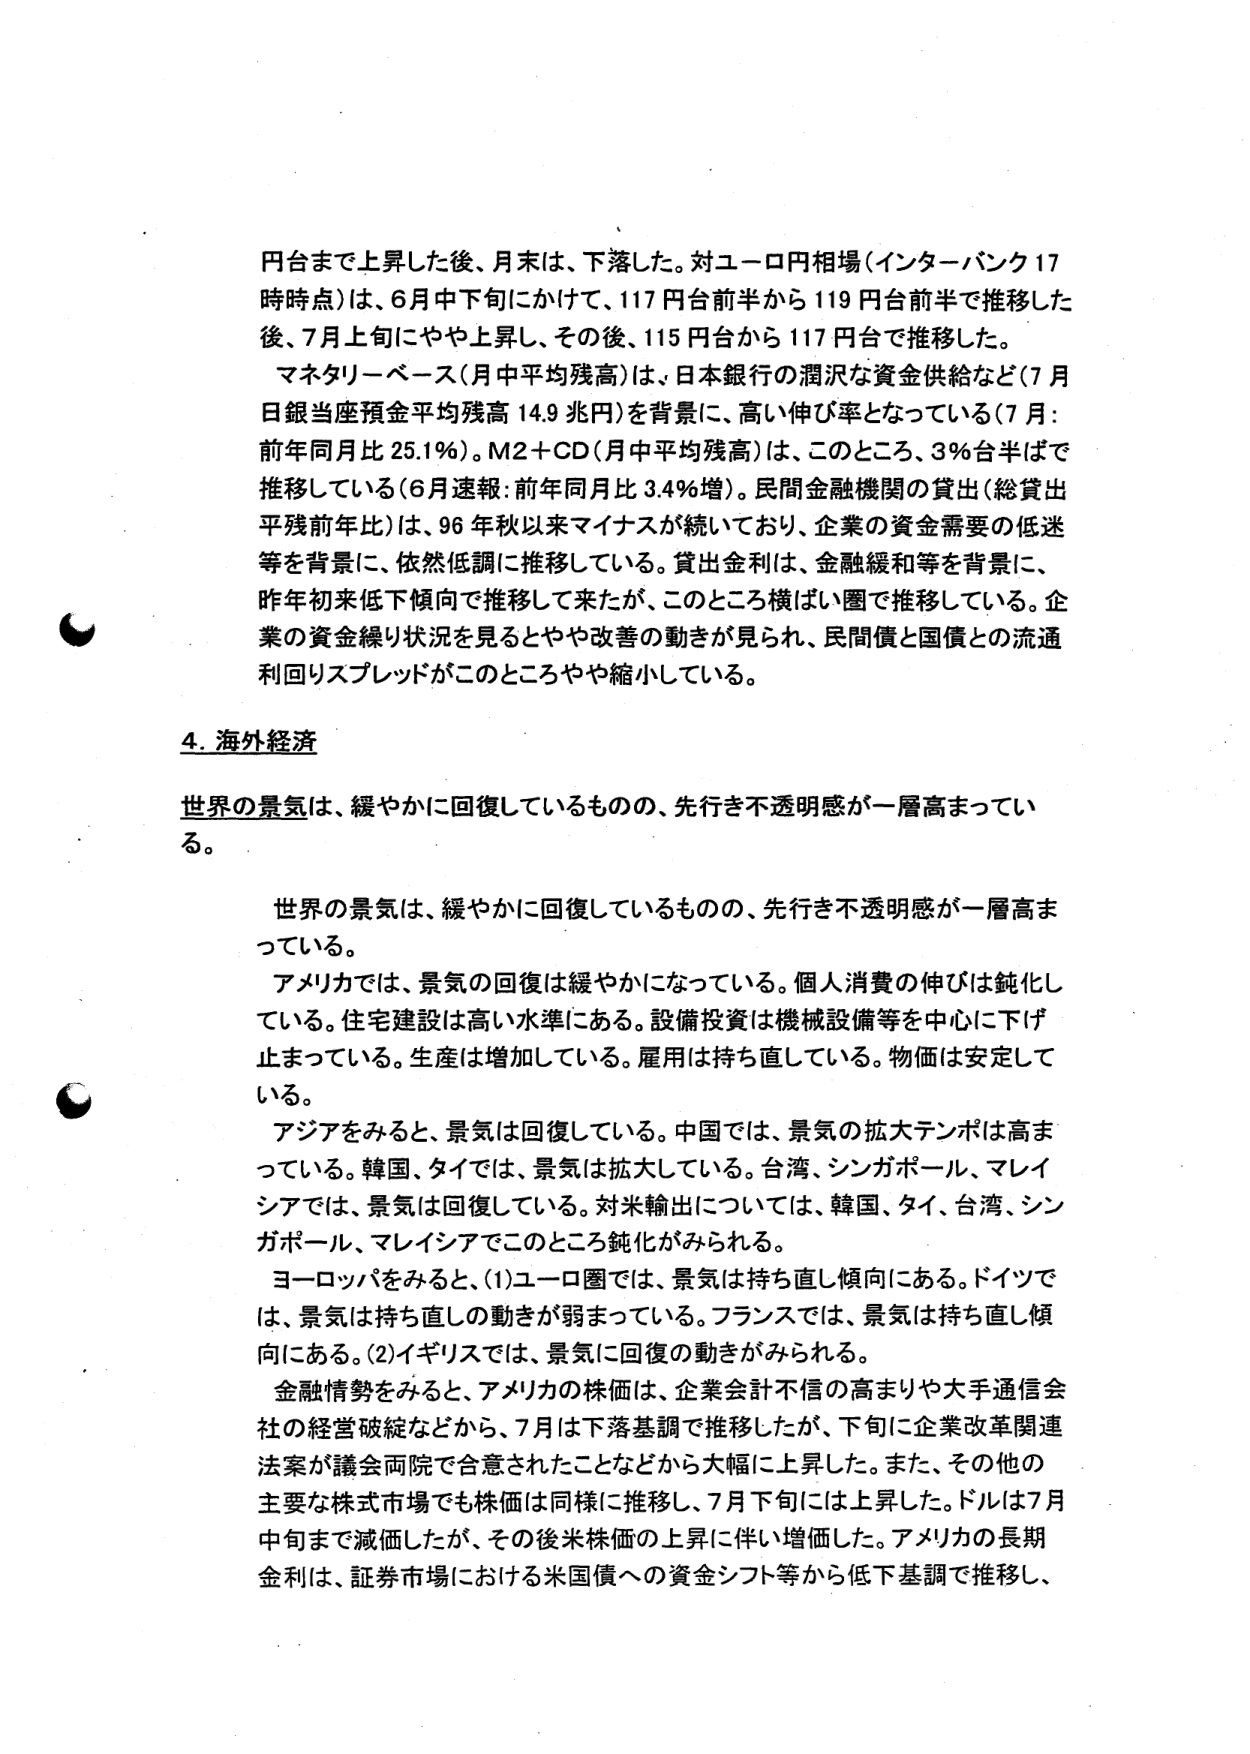
円台まで上昇した後、月末は、下落した。対ユーロ円相場（インターバンク17時時点）は、6月中下旬にかけて、117円台前半から119円台前半で推移した後、7月上旬にやや上昇し、その後、115円台から117円台で推移した。

マネタリーベース（月中平均残高）は、日本銀行の潤沢な資金供給など（7月日銀当座預金平均残高14.9兆円）を背景に、高い伸び率となっている（7月：前年同月比25.1％）。M2＋CD（月中平均残高）は、このところ、3％台半ばで推移している（6月速報：前年同月比3.4％増）。民間金融機関の貸出（総貸出平残前年比）は、96年秋以来マイナスが続いており、企業の資金需要の低迷等を背景に、依然低調に推移している。貸出金利は、金融緩和等を背景に、昨年初来低下傾向で推移して来たが、このところ横ばい圏で推移している。企業の資金繰り状況を見るとやや改善の動きが見られ、民間債と国債との流通利回りスプレッドがこのところやや縮小している。

4. 海外経済

世界の景気は、緩やかに回復しているものの、先行き不透明感が一層高まっている。

世界の景気は、緩やかに回復しているものの、先行き不透明感が一層高まっている。

アメリカでは、景気の回復は緩やかになっている。個人消費の伸びは鈍化している。住宅建設は高い水準にある。設備投資は機械設備等を中心に下げ止まっている。生産は増加している。雇用は持ち直している。物価は安定している。

アジアをみると、景気は回復している。中国では、景気の拡大テンポは高まっている。韓国、タイでは、景気は拡大している。台湾、シンガポール、マレーシアでは、景気は回復している。対米輸出については、韓国、タイ、台湾、シンガポール、マレーシアでこのところ鈍化がみられる。

ヨーロッパをみると、(1)ユーロ圏では、景気は持ち直し傾向にある。ドイツでは、景気は持ち直しの動きが弱まっている。フランスでは、景気は持ち直し傾向にある。(2)イギリスでは、景気に回復の動きがみられる。

金融情勢をみると、アメリカの株価は、企業会計不信の高まりや大手通信会社の経営破綻などから、7月は下落基調で推移したが、下旬に企業改革関連法案が議会両院で合意されたことなどから大幅に上昇した。また、その他の主要な株式市場でも株価は同様に推移し、7月下旬には上昇した。ドルは7月中旬まで減価したが、その後米株価の上昇に伴い増価した。アメリカの長期金利は、証券市場における米国債への資金シフト等から低下基調で推移し、